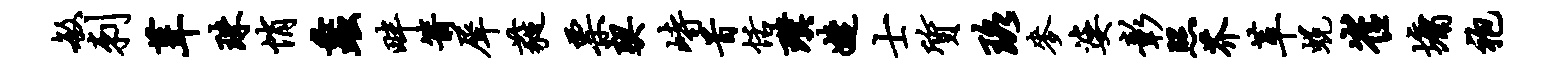
敏刺葺珠悄蠡畔箭犀蕤票契峙首恬璞婕士质珞麦婆彰照芥革蜕崔墉袍